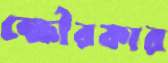
ক্ষৌরকার